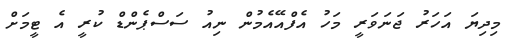
މިދިޔަ އަހަރު ޖަނަވަރީ މަހު އެފްއޭއެމުން ނިއު ސަސްޕެންޑް ކުރީ އެ ޓީމަށް